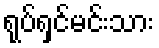
ရုပ်ရှင်မင်းသား